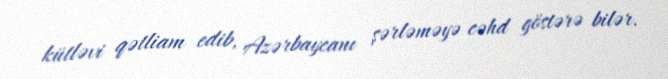
kütləvi qətliam edib, Azərbaycanı şərləməyə cəhd göstərə bilər.